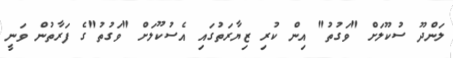
ލަންދޫ ސުކޫލަށް "ވަގުތު" އިން ކުރި ޒިޔާރަތުގައި އެސުކޫލަށް "ވަގުތު"ގެ ފަރާތުން ވަނީ